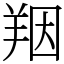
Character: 䍰